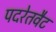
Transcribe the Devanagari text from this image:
पदरेतवैट